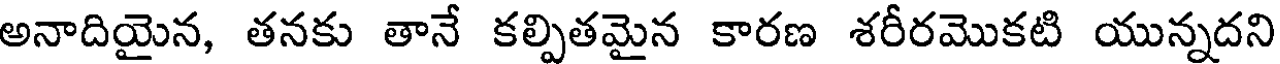
అనాదియైన, తనకు తానే కల్పితమైన కారణ శరీరమొకటి యున్నదని